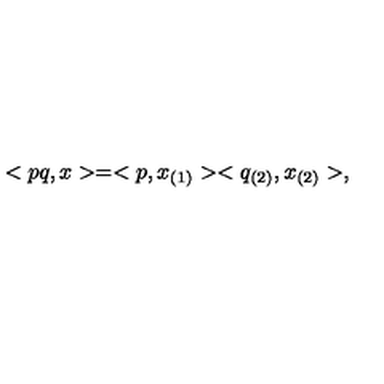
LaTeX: < p q , x > = < p , x _ { ( 1 ) } > < q _ { ( 2 ) } , x _ { ( 2 ) } > ,